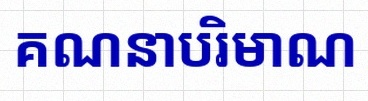
គណនាបរិមាណ